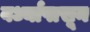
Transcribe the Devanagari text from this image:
वर्ध्यापासून